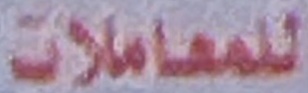
للمعاملات